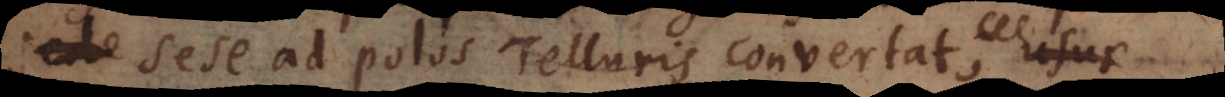
sese ad polos Telluris convertat, usus